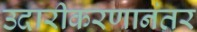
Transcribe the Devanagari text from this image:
उदारीकरणानंतर